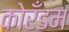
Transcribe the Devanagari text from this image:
कोरँडम